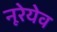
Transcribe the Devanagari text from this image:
नूरेयेव